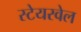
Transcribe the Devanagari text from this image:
स्टेयरवेल